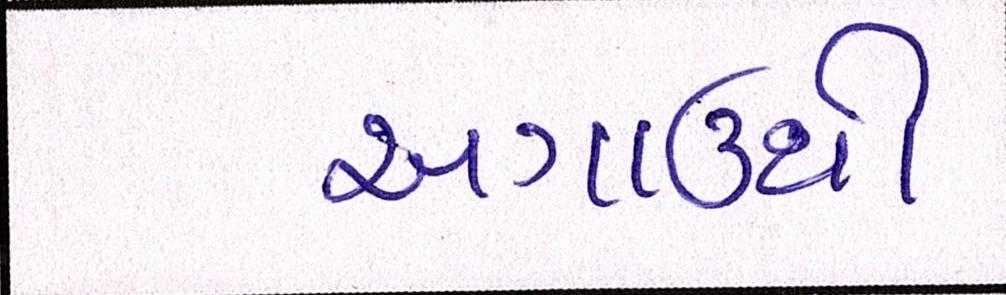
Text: અગાઉથી